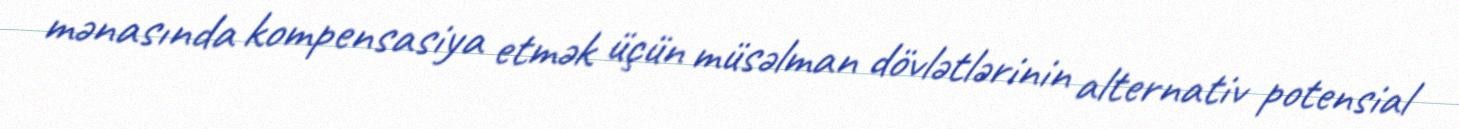
mənasında kompensasiya etmək üçün müsəlman dövlətlərinin alternativ potensial